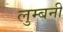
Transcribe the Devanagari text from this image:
लुम्बनी